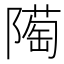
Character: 𨼞